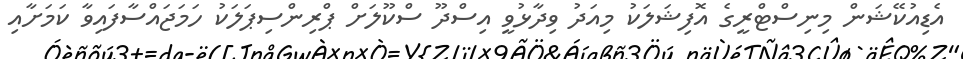
އެޑިއުކޭޝަން މިނިސްޓްރީގެ އޮފިޝަލަކު މިއަދު ވިދާޅުވީ އިސްދޫ ސްކޫލަށް ޕްރިންސިޕަލަކު ހަމަޖައްސާފައިވާ ކަމަށާއި